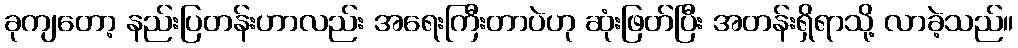
ခုကျတော့ နည်းပြတန်းဟာလည်း အရေးကြီးတာပဲဟု ဆုံးဖြတ်ပြီး အတန်းရှိရာသို့ လာခဲ့သည်။